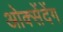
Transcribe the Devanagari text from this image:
ओक्सेंदेंग